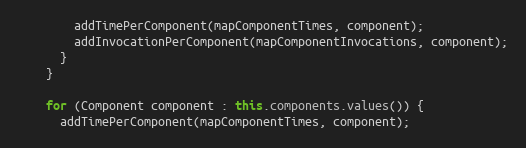
Language: Java
        addTimePerComponent(mapComponentTimes, component);
        addInvocationPerComponent(mapComponentInvocations, component);
      }
    }

    for (Component component : this.components.values()) {
      addTimePerComponent(mapComponentTimes, component);